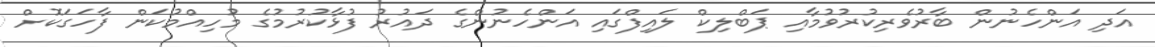
އަދި އަންހެނުން ބާރުވެރިކުރުވުމާއި ޕަބްލިކް ލައިފްގައި އަންހެނުންގެ ދައުރު ފުޅާކުރުމުގެ މުހިއްމުކަން ފާހަގަކޮށް